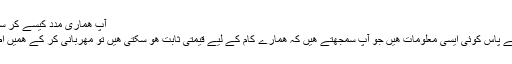
آپ ھماری مدد کيسے کر سکتے ھيں
اگر آپ کے پاس کوئی ايسی معلومات ھيں جو آپ سمجھتے ھيں کہ ھمارے کام کے ليے قيمتی ثابت ھو سکتی ھيں تو مھربانی کر کے ھميں اطلاع ديں۔